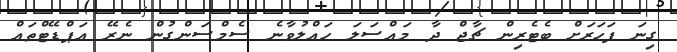
ގިނަ ފަހަރަށް ބެޓެރިން ޗާޖް ދާ މައްސަލަ ހައްލުވާނެ ސެމްސަންގުން ނެރޭ އަޕްޑޭޓްތައް